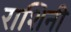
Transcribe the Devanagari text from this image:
राशिनी